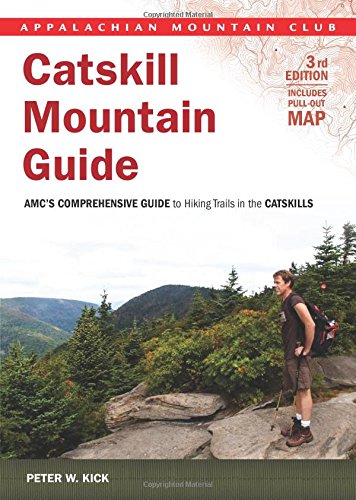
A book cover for Catskill Mountain Guide: AMC's Comprehensive Guide To Hiking Trails In The Catskills (Appalachian Mountain Club Guide); Peter Kick; Sports & Outdoors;